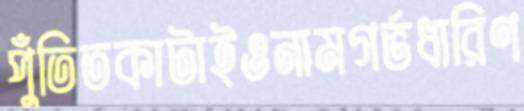
পুঁতিতকাটাইওনামগর্ভধারিণ